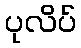
ပုလိပ်